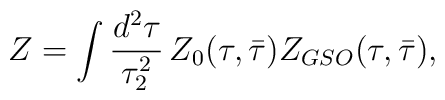
Z=\int \frac{d^2\tau}{\tau^2_2} \, Z_0(\tau,\bar{\tau})Z_{GSO}(\tau,\bar{\tau}),